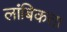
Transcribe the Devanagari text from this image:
लांबिकता